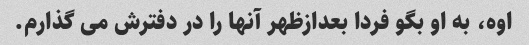
اوه، به او بگو فردا بعدازظهر آنها را در دفترش می گذارم.